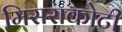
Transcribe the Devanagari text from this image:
मिसराकोटी